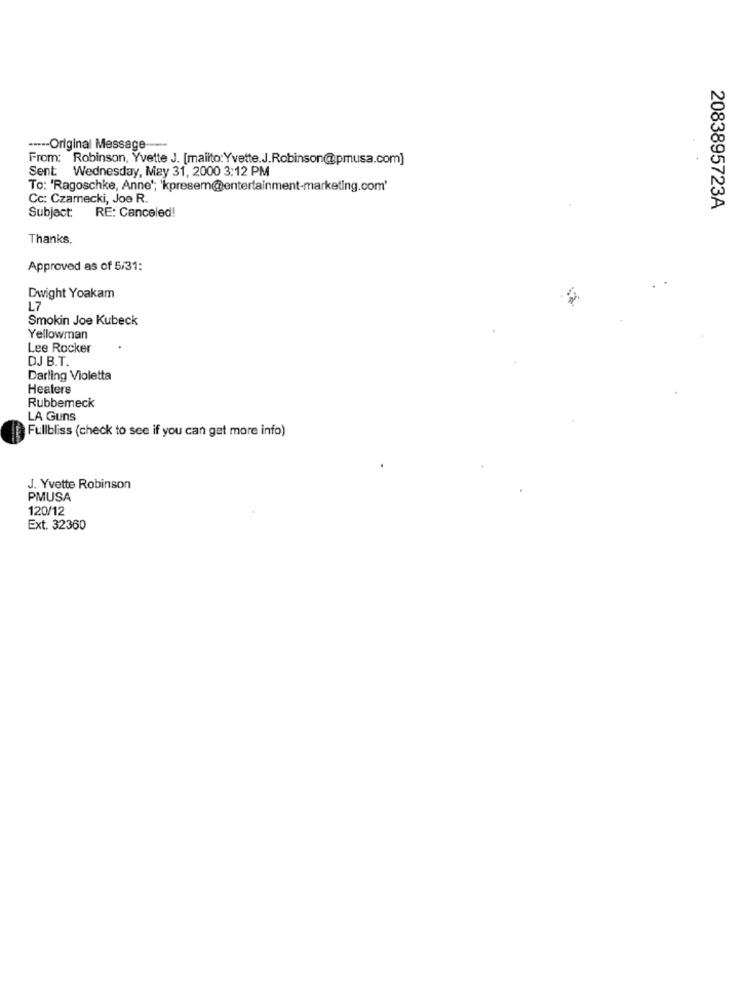
----- Original Message
From: Robinson, Yvette J. [mailto: Yvette.J.Robinson@pmusa.com]
Sent: Wednesday, May 31, 2000 3:12 PM
To: 'Ragoschke, Anne'; 'kpreser@entertainment-marketing.com'
Cc: Czarnecki, Joe R.
2083895723A
Subject: RE: Canceled!
Thanks,
Approved as of 5/31:
Dwight Yoakam
L7
Smokin Joe Kubeck
Yellowman
Lee Rocker
DJ B.T.
Darling Violetta
Heaters
Rubbemeck
LA Guns
Fullbliss (check to see if you can get more info)
J. Yvette Robinson
PMUSA
120/12
Ext. 32360